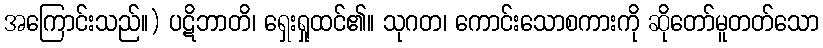
အကြောင်းသည်။) ပဋိဘာတိ၊ ရှေးရှုထင်၏။ သုဂတ၊ ကောင်းသောစကားကို ဆိုတော်မူတတ်သော